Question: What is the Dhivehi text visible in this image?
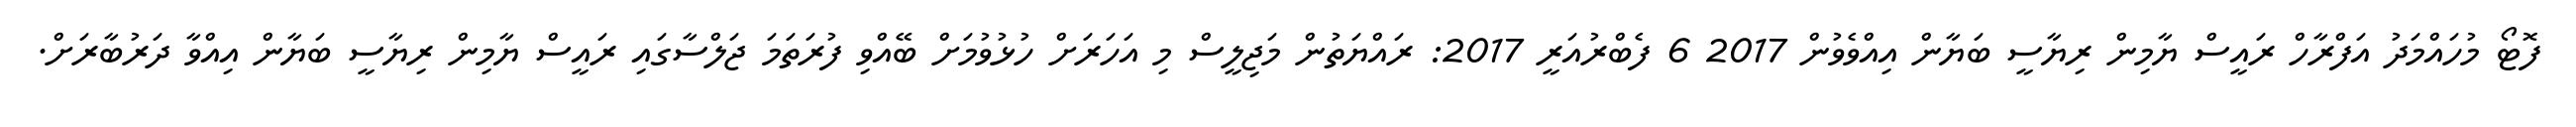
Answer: ފޮޓޯ މުހައްމަދު އަފްރާހް ރައީސް ޔާމިން ރިޔާސީ ބަޔާން އިއްވެވުން 2017 6 ފެބްރުއަރީ 2017: ރައްޔަތުން މަޖިލީސް މި އަހަރަށް ހުޅުވުމަށް ބޭއްވި ފުރަތަމަ ޖަލްސާގައި ރައީސް ޔާމިން ރިޔާސީ ބަޔާން އިއްވާ ދަރުބާރަށް.